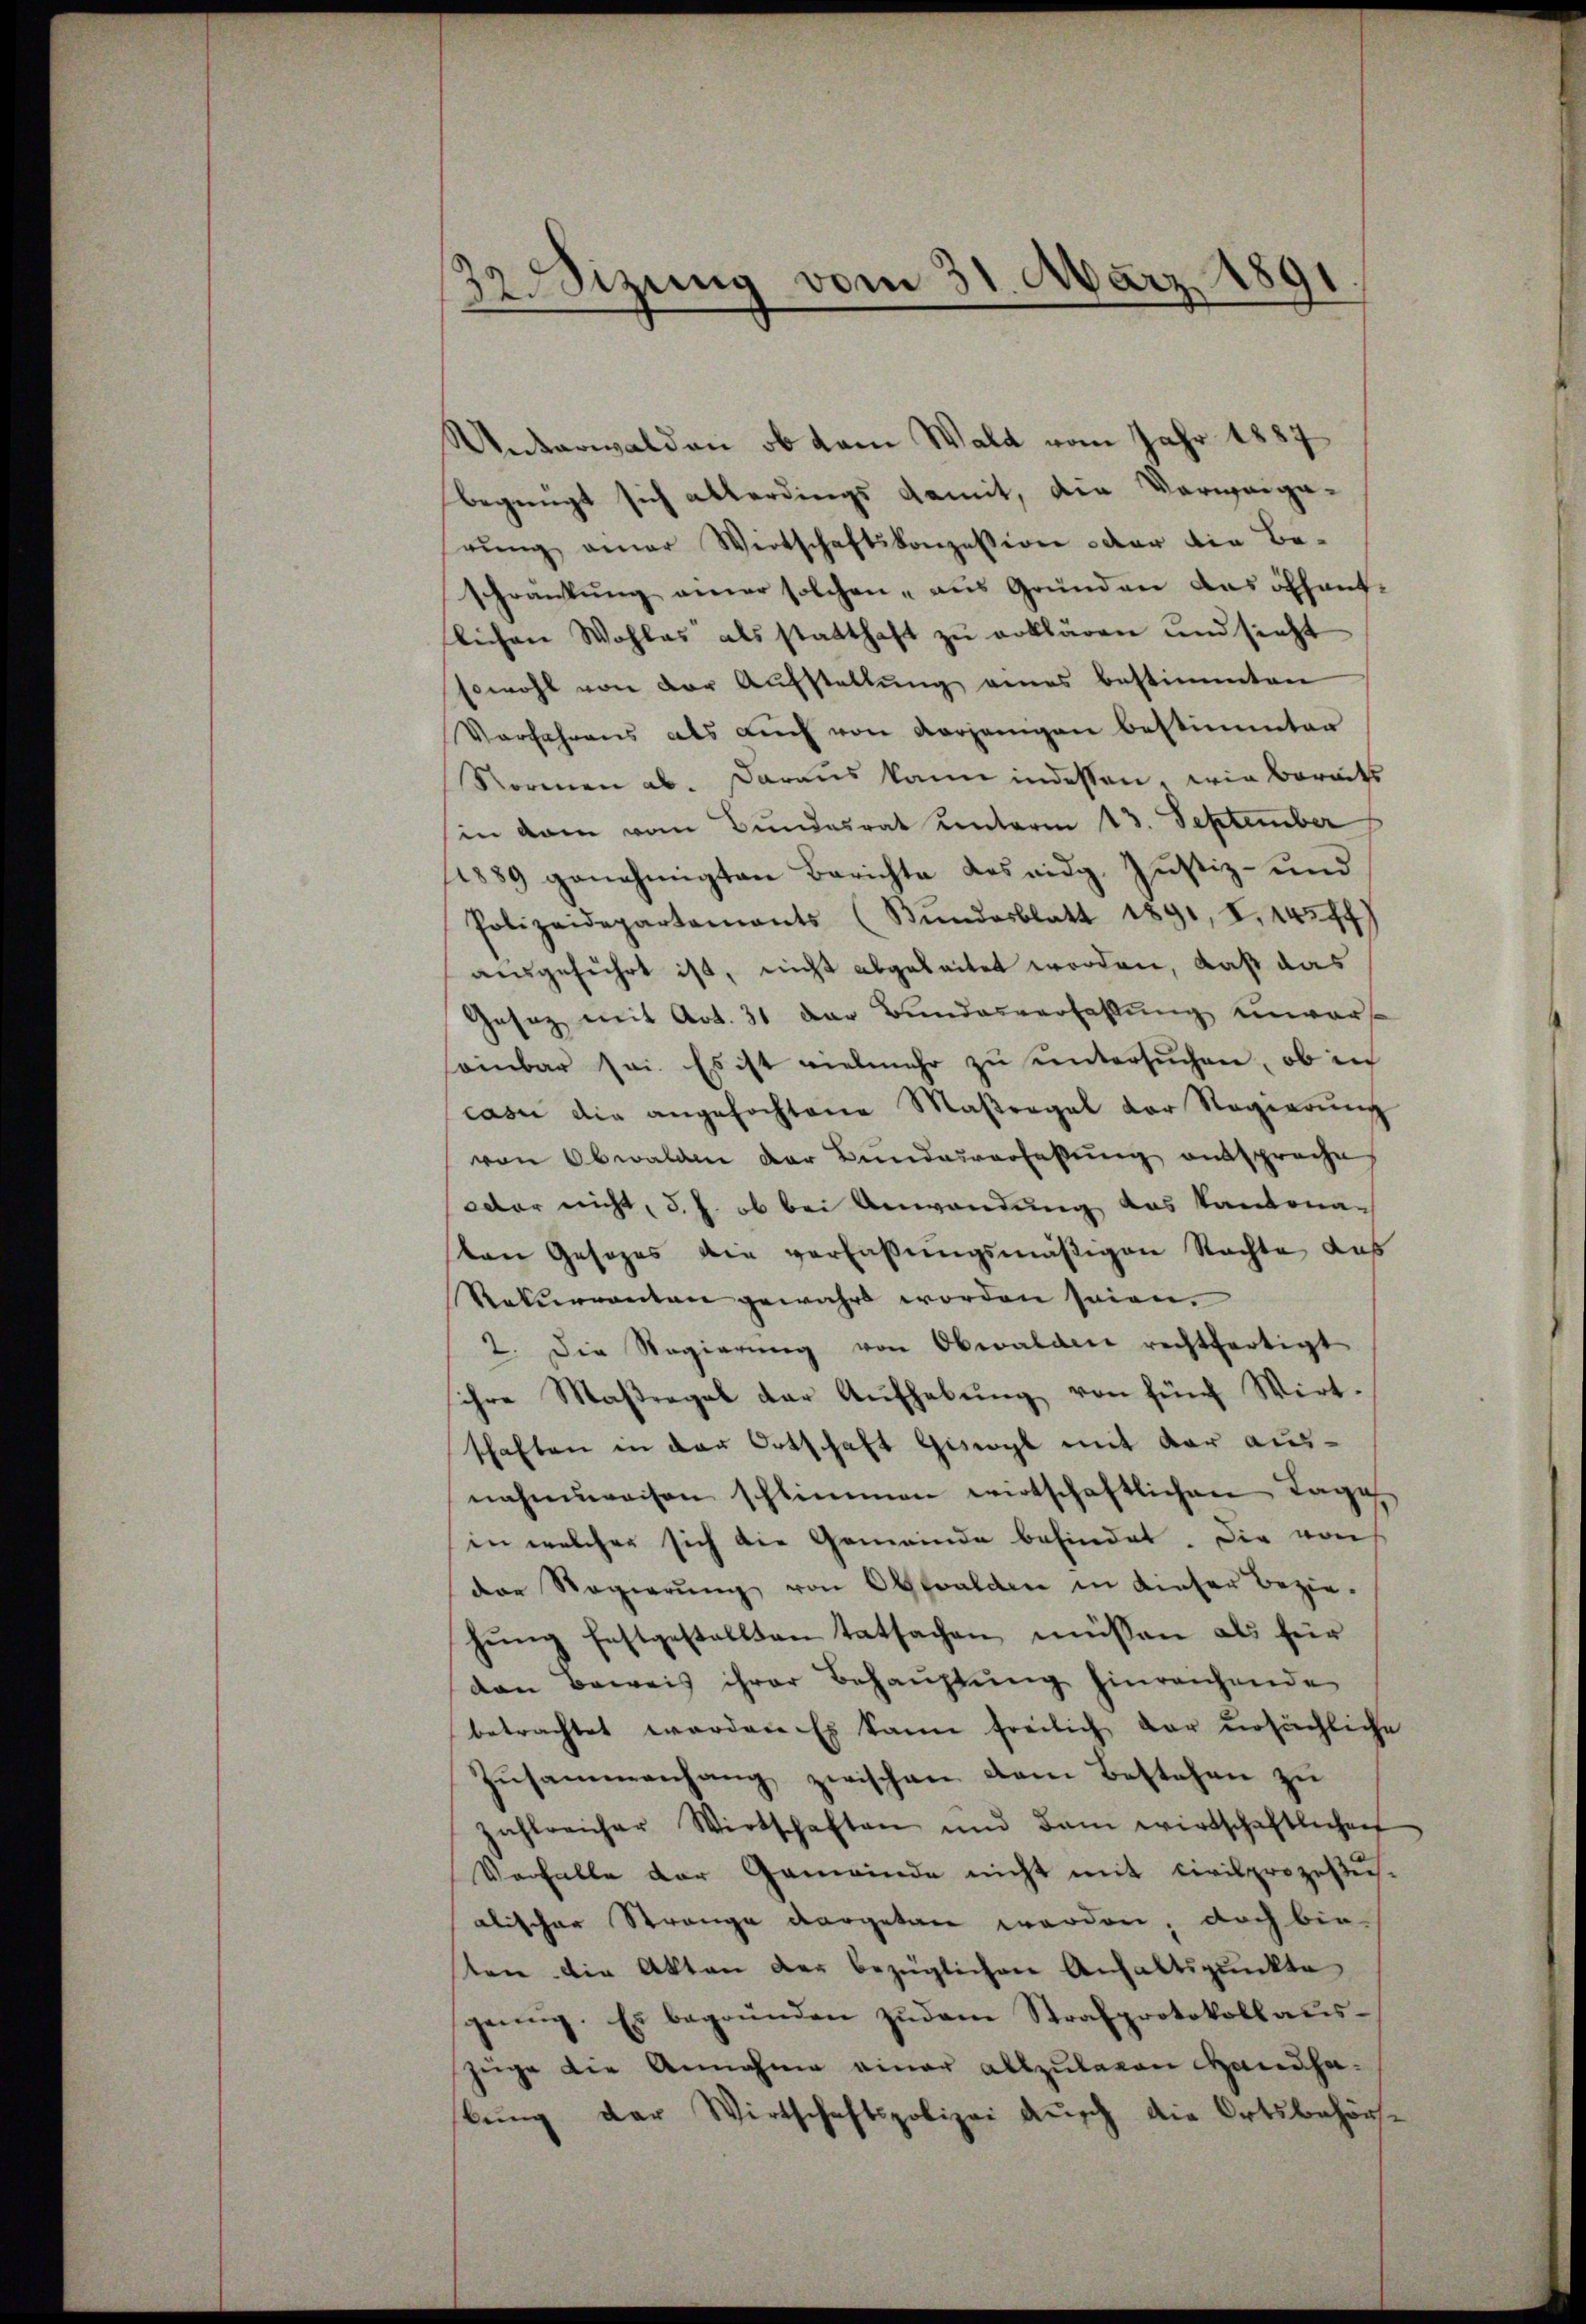
12. Sizung vom 31. März 1891

Unterwalden, ob vom Wald vom Jahr 1887
begnügt sich allerdings damit, die Verweige-
rŭng einer Wirtschaftskonzession oder die Be-
schrankŭng amer solchen aŭs Gründen das öffent-
flichen Wohles als statthaft zŭ erklären und sicht
sowohl von der Aŭfstellŭng eines bestimmten
Vorfahrens als aŭch von vorjenigen bestimmter
Normen ab. Daraus kann indessen, wie bereits
in dem vom Bundesrat unterm 13. September
1889 genehmigten Berichte Los eidg. Justiz- und
Polizeidepartemonts (Bundesblatt 1891, I. 443 ff
ausgeführt ist, nicht abgeleitet worden, daß das
Gesez mit Art. 31 der Bundesverfassŭng einer
einbar sei. Es ist vielmehr zŭ ŭntersŭchen, ob in
casi die angefochtene Maßregel der Regierung
von Obwalden der Bundesverfaßung entspreche
oder nicht, d. J. ob bei Anwendung das Kantonaten Gesezes die verfaßungsmäßigen Rechte das
Rekurrenten gewahrt worden seien.
2. Die Regierŭng von Obwalden rechtfertigt
sihre Maßregel der Aŭfhebŭng von fünf Wirt-
schaften in der Ortschaft Giswyl mit der ausnahmsweisen schlimmen wirtschaftlichen Tage
in welcher sich die Gemeinde befindet. Die von
der Regierŭng von Obwalden in dieser Bezie-
hŭng festgestellten tatsachen müssen als für
dan beweis ihrer Behauptung hinreichende
betrachtet werden Es kann freilich dar unsächliche
Zŭsammenhang zwischen dem Bestehen zu
zahlreicher Wirtschaften und dan wirtschaftlichen
Vorfalle der Gemeinde nicht mit civilprozess-
alischer Strange vorgetan werden; doch bin
ten die Akten der bezüglichen Anhaltspunkte
genug. Es begründen zŭdem Strafprotokoll aŭs-
züge die Annahme einer allzulagen Handhabung der Wirtschaftspolizei auch die Ortsbehörs-